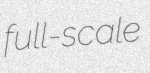
full-scale